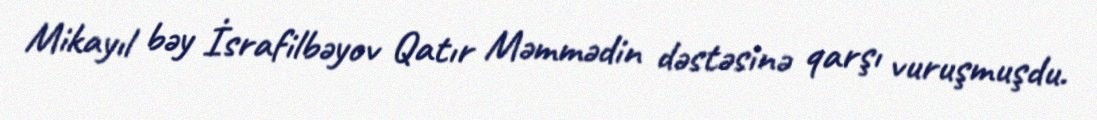
Mikayıl bəy İsrafilbəyov Qatır Məmmədin dəstəsinə qarşı vuruşmuşdu.